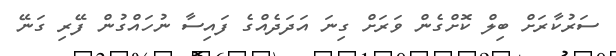
ސަރުކާރަށް ބިލް ކޮށްގެން ވަރަށް ގިނަ އަދަދެއްގެ ފައިސާ ނުހައްގުން ފޭރި ގަނޭ